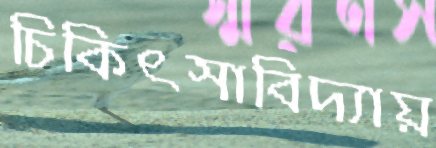
চিকিৎসাবিদ্যায়